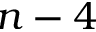
n - 4